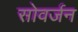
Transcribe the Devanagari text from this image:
सोवर्जन